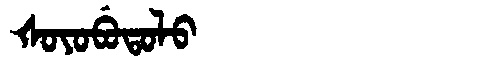
Manchu: ᡧᠣᠶᠣᠪᡠᡨᠣᠯᠣ
Romanization: ŠOYOBUTOLO